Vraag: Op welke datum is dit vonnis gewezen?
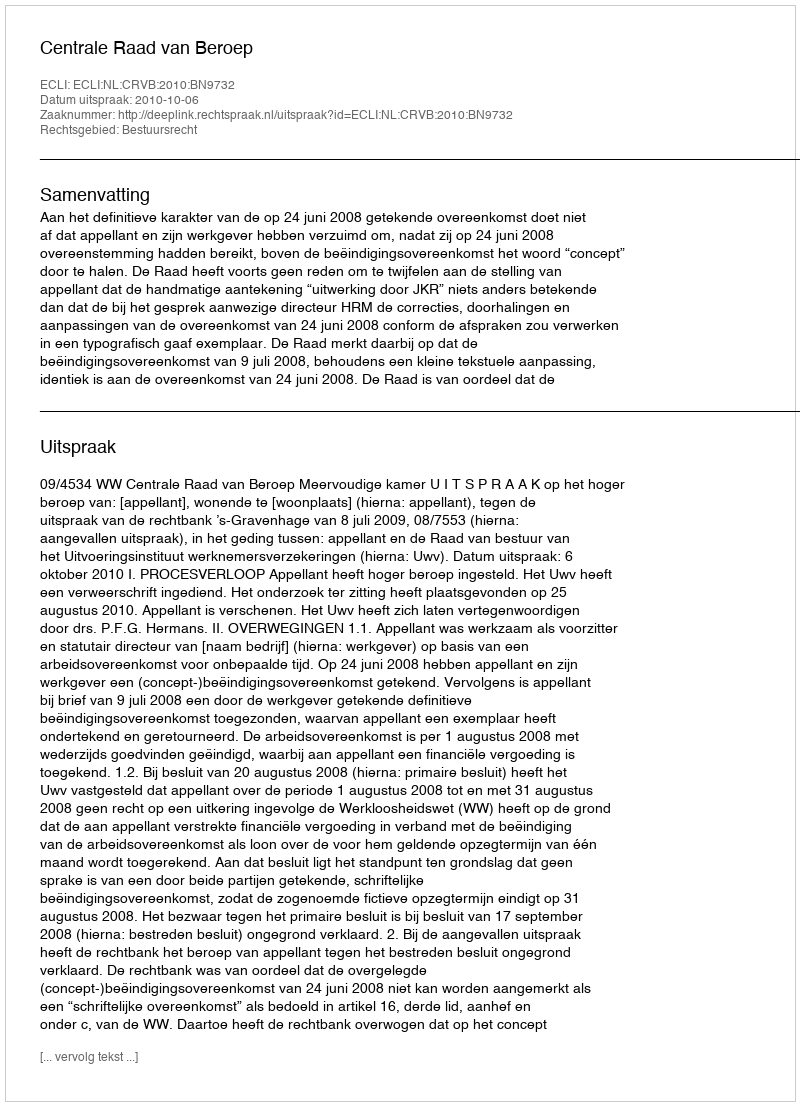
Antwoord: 2010-10-06